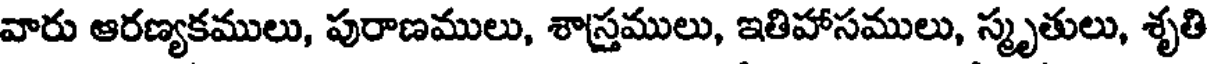
వారు ఆరణ్యకములు, పురాణములు, శాస్త్రములు, ఇతిహాసములు, స్మృతులు, శృతి